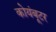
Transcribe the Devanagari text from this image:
कोयंबूटर